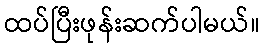
ထပ်ပြီးဖုန်းဆက်ပါမယ်။